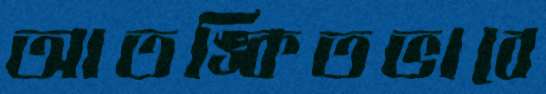
আতঙ্কিতভাবে